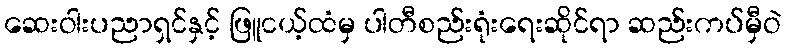
ဆေးဝါးပညာရှင်နှင့် ဖြူငယ့်ထံမှ ပါတီစည်းရုံးရေးဆိုင်ရာ ဆည်းကပ်မှီဝဲ